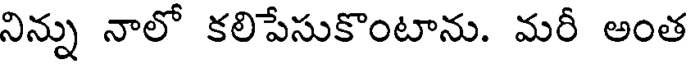
నిన్ను నాలో కలిపేసుకొంటాను. మరీ అంత